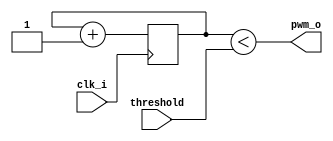
// Generated by MyHDL 0.11


`timescale 1ns/10ps

module pwm_simple (
    clk_i,
    pwm_o,
    threshold
);


input clk_i;
output pwm_o;
wire pwm_o;
input [7:0] threshold;

reg [7:0] cnt;



always @(posedge clk_i) begin: PWM_SIMPLE_LOC_INSTS_CHUNK_INSTS_0
    cnt <= (cnt + 1);
end



assign pwm_o = (cnt < threshold);

endmodule